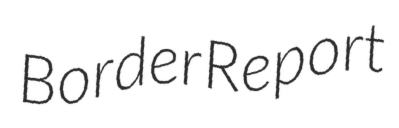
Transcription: Border Report